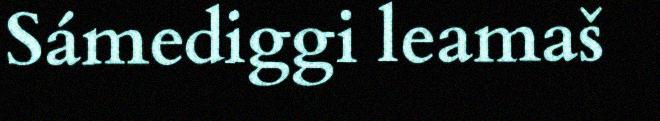
Sámediggi leamaš